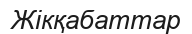
Жікқабаттар